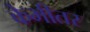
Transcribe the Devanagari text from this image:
केभीतर